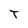
Character: T